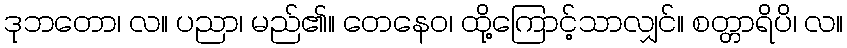
ဒုဘတော၊ လ။ ပညာ၊ မည်၏။ တေနေဝ၊ ထို့ကြောင့်သာလျှင်။ စတ္တာရိပိ၊ လ။